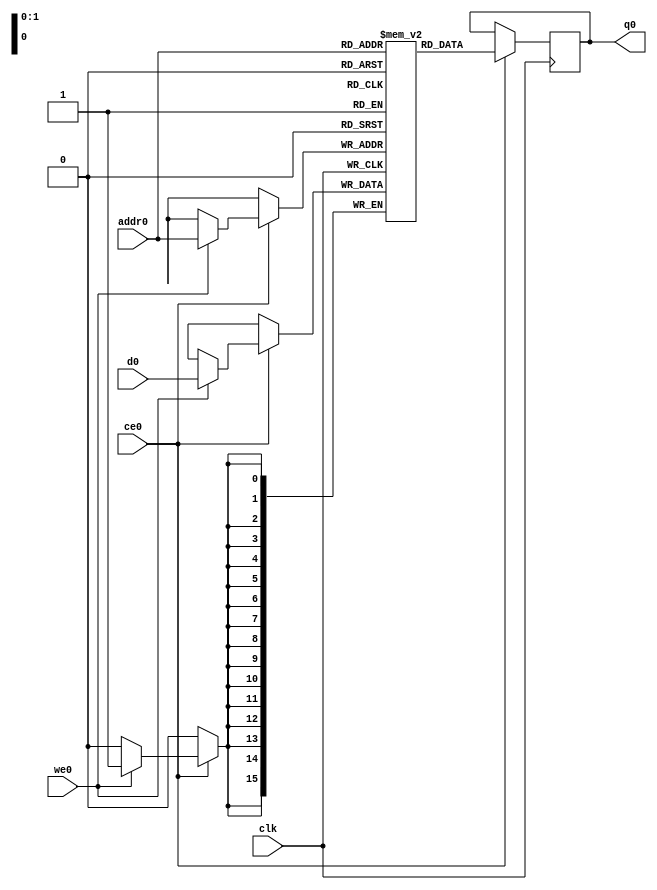
// ==============================================================
// Vivado(TM) HLS - High-Level Synthesis from C, C++ and SystemC v2019.2 (64-bit)
// Copyright 1986-2019 Xilinx, Inc. All Rights Reserved.
// ==============================================================
`timescale 1 ns / 1 ps
module conv_2d_cl_ss_ap_fixed_ap_fixed_16_4_4_1_0_config2_s_tmpdeOg_ram (addr0, ce0, d0, we0, q0,  clk);

parameter DWIDTH = 16;
parameter AWIDTH = 2;
parameter MEM_SIZE = 3;

input[AWIDTH-1:0] addr0;
input ce0;
input[DWIDTH-1:0] d0;
input we0;
output reg[DWIDTH-1:0] q0;
input clk;

(* ram_style = "distributed" *)reg [DWIDTH-1:0] ram[0:MEM_SIZE-1];




always @(posedge clk)  
begin 
    if (ce0) begin
        if (we0) 
            ram[addr0] <= d0; 
        q0 <= ram[addr0];
    end
end


endmodule

`timescale 1 ns / 1 ps
module conv_2d_cl_ss_ap_fixed_ap_fixed_16_4_4_1_0_config2_s_tmpdeOg(
    reset,
    clk,
    address0,
    ce0,
    we0,
    d0,
    q0);

parameter DataWidth = 32'd16;
parameter AddressRange = 32'd3;
parameter AddressWidth = 32'd2;
input reset;
input clk;
input[AddressWidth - 1:0] address0;
input ce0;
input we0;
input[DataWidth - 1:0] d0;
output[DataWidth - 1:0] q0;



conv_2d_cl_ss_ap_fixed_ap_fixed_16_4_4_1_0_config2_s_tmpdeOg_ram conv_2d_cl_ss_ap_fixed_ap_fixed_16_4_4_1_0_config2_s_tmpdeOg_ram_U(
    .clk( clk ),
    .addr0( address0 ),
    .ce0( ce0 ),
    .we0( we0 ),
    .d0( d0 ),
    .q0( q0 ));

endmodule